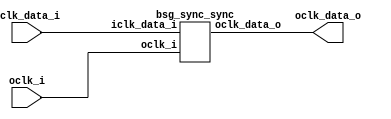


module top
(
  oclk_i,
  iclk_data_i,
  oclk_data_o
);

  input [15:0] iclk_data_i;
  output [15:0] oclk_data_o;
  input oclk_i;

  bsg_sync_sync
  wrapper
  (
    .iclk_data_i(iclk_data_i),
    .oclk_data_o(oclk_data_o),
    .oclk_i(oclk_i)
  );


endmodule



module bsg_sync_sync_8_unit
(
  oclk_i,
  iclk_data_i,
  oclk_data_o
);

  input [7:0] iclk_data_i;
  output [7:0] oclk_data_o;
  input oclk_i;
  wire [7:0] oclk_data_o,bsg_SYNC_1_r;
  reg bsg_SYNC_1_r_7_sv2v_reg,bsg_SYNC_1_r_6_sv2v_reg,bsg_SYNC_1_r_5_sv2v_reg,
  bsg_SYNC_1_r_4_sv2v_reg,bsg_SYNC_1_r_3_sv2v_reg,bsg_SYNC_1_r_2_sv2v_reg,
  bsg_SYNC_1_r_1_sv2v_reg,bsg_SYNC_1_r_0_sv2v_reg,oclk_data_o_7_sv2v_reg,oclk_data_o_6_sv2v_reg,
  oclk_data_o_5_sv2v_reg,oclk_data_o_4_sv2v_reg,oclk_data_o_3_sv2v_reg,
  oclk_data_o_2_sv2v_reg,oclk_data_o_1_sv2v_reg,oclk_data_o_0_sv2v_reg;
  assign bsg_SYNC_1_r[7] = bsg_SYNC_1_r_7_sv2v_reg;
  assign bsg_SYNC_1_r[6] = bsg_SYNC_1_r_6_sv2v_reg;
  assign bsg_SYNC_1_r[5] = bsg_SYNC_1_r_5_sv2v_reg;
  assign bsg_SYNC_1_r[4] = bsg_SYNC_1_r_4_sv2v_reg;
  assign bsg_SYNC_1_r[3] = bsg_SYNC_1_r_3_sv2v_reg;
  assign bsg_SYNC_1_r[2] = bsg_SYNC_1_r_2_sv2v_reg;
  assign bsg_SYNC_1_r[1] = bsg_SYNC_1_r_1_sv2v_reg;
  assign bsg_SYNC_1_r[0] = bsg_SYNC_1_r_0_sv2v_reg;
  assign oclk_data_o[7] = oclk_data_o_7_sv2v_reg;
  assign oclk_data_o[6] = oclk_data_o_6_sv2v_reg;
  assign oclk_data_o[5] = oclk_data_o_5_sv2v_reg;
  assign oclk_data_o[4] = oclk_data_o_4_sv2v_reg;
  assign oclk_data_o[3] = oclk_data_o_3_sv2v_reg;
  assign oclk_data_o[2] = oclk_data_o_2_sv2v_reg;
  assign oclk_data_o[1] = oclk_data_o_1_sv2v_reg;
  assign oclk_data_o[0] = oclk_data_o_0_sv2v_reg;

  always @(posedge oclk_i) begin
    if(1'b1) begin
      bsg_SYNC_1_r_7_sv2v_reg <= iclk_data_i[7];
      bsg_SYNC_1_r_6_sv2v_reg <= iclk_data_i[6];
      bsg_SYNC_1_r_5_sv2v_reg <= iclk_data_i[5];
      bsg_SYNC_1_r_4_sv2v_reg <= iclk_data_i[4];
      bsg_SYNC_1_r_3_sv2v_reg <= iclk_data_i[3];
      bsg_SYNC_1_r_2_sv2v_reg <= iclk_data_i[2];
      bsg_SYNC_1_r_1_sv2v_reg <= iclk_data_i[1];
      bsg_SYNC_1_r_0_sv2v_reg <= iclk_data_i[0];
      oclk_data_o_7_sv2v_reg <= bsg_SYNC_1_r[7];
      oclk_data_o_6_sv2v_reg <= bsg_SYNC_1_r[6];
      oclk_data_o_5_sv2v_reg <= bsg_SYNC_1_r[5];
      oclk_data_o_4_sv2v_reg <= bsg_SYNC_1_r[4];
      oclk_data_o_3_sv2v_reg <= bsg_SYNC_1_r[3];
      oclk_data_o_2_sv2v_reg <= bsg_SYNC_1_r[2];
      oclk_data_o_1_sv2v_reg <= bsg_SYNC_1_r[1];
      oclk_data_o_0_sv2v_reg <= bsg_SYNC_1_r[0];
    end 
  end


endmodule



module bsg_sync_sync
(
  oclk_i,
  iclk_data_i,
  oclk_data_o
);

  input [15:0] iclk_data_i;
  output [15:0] oclk_data_o;
  input oclk_i;
  wire [15:0] oclk_data_o;

  bsg_sync_sync_8_unit
  \maxb_0_.bss8 
  (
    .oclk_i(oclk_i),
    .iclk_data_i(iclk_data_i[7:0]),
    .oclk_data_o(oclk_data_o[7:0])
  );


  bsg_sync_sync_8_unit
  \maxb_1_.bss8 
  (
    .oclk_i(oclk_i),
    .iclk_data_i(iclk_data_i[15:8]),
    .oclk_data_o(oclk_data_o[15:8])
  );


endmodule